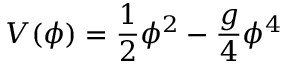
V ( \phi ) = \frac { 1 } { 2 } \phi ^ { 2 } - \frac { g } { 4 } \phi ^ { 4 }